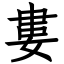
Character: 婁